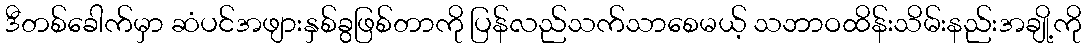
ဒီတစ်ခေါက်မှာ ဆံပင်အဖျားနှစ်ခွဖြစ်တာကို ပြန်လည်သက်သာစေမယ့် သဘာဝထိန်းသိမ်းနည်းအချို့ကို